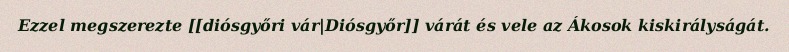
Ezzel megszerezte [[diósgyőri vár|Diósgyőr]] várát és vele az Ákosok kiskirályságát.